Document type: payment_order
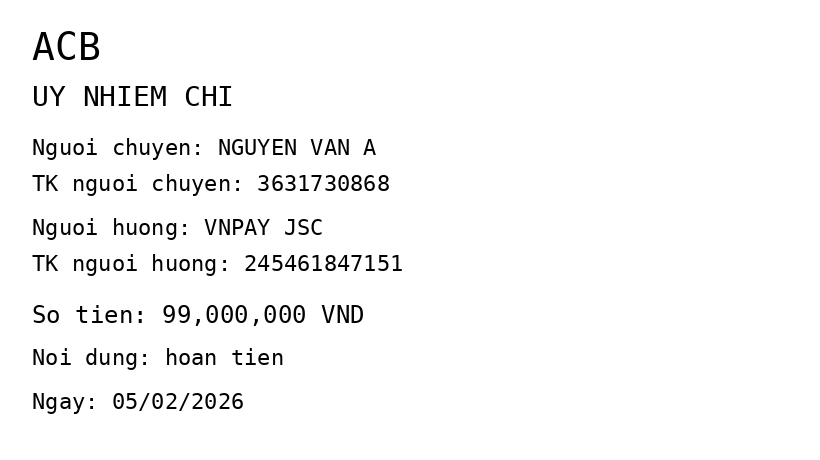
OCR transcript:
ACB
UY NHIEM CHI
Nguoi chuyen: NGUYEN VAN A
TK nguoi chuyen: 3631730868
Nguoi huong: VNPAY JSC
TK nguoi huong: 245461847151
So tien: 99,000,000 VND
Noi dung: hoan tien
Ngay: 05/02/2026
Extracted fields:
bank_name: acb
sender_name: nguyen van a
sender_account: 3631730868
beneficiary_name: vnpay jsc
beneficiary_account: 245461847151
amount: 99000000
content: hoan tien
date: 2026-02-05